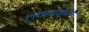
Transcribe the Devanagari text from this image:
लकवकारी